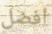
أفضل